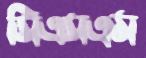
সিএসএম